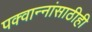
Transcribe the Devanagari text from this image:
पक्वान्नांसाठीही